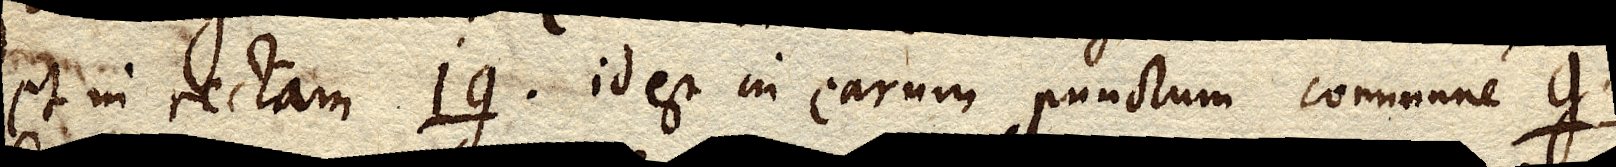
et in rectam ig. id est in earum punctum commune g.